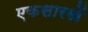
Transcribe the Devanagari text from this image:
एकसारखें